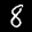
Label: 8